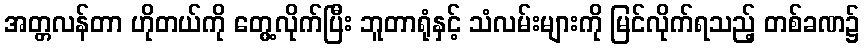
အတ္တလန်တာ ဟိုတယ်ကို တွေ့လိုက်ပြီး ဘူတာရုံနှင့် သံလမ်းများကို မြင်လိုက်ရသည့် တစ်ခဏ၌